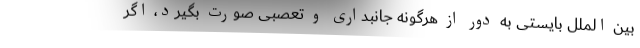
بین الملل بایستی به دور از هرگونه جانبداری و تعصبی صورت بگیرد، اگر